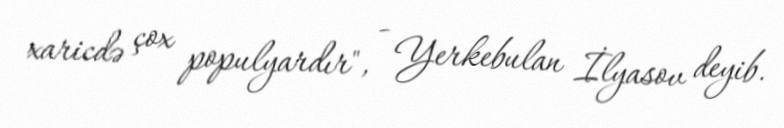
xaricdə çox populyardır", - Yerkebulan İlyasov deyib.